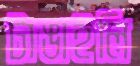
টাঙাইলি